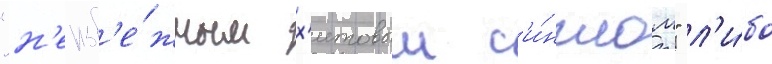
"н'еизб'е́жным х'итовым с'и́нглом" л'и́бо